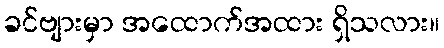
ခင်ဗျားမှာ အထောက်အထား ရှိသလား။